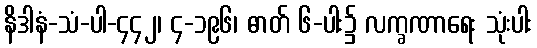
နိဒါနံ-သံ-ပါ-၄၄၂၊ ၄-၁၉၆၊ ဓာတ် ၆-ပါး၌ လက္ခဏာရေး သုံးပါး